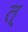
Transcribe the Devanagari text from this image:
त्‌